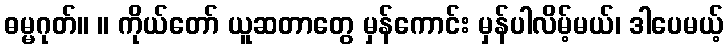
ဓမ္မဂုတ်။ ။ ကိုယ်တော် ယူဆတာတွေ မှန်ကောင်း မှန်ပါလိမ့်မယ်၊ ဒါပေမယ့်